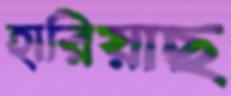
হারিয়াছ